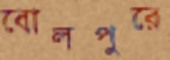
বোলপুরে